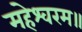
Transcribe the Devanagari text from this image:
महेश्वरम॥